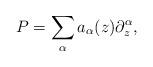
LaTeX: \begin{align*}P=\sum_\alpha a_\alpha(z)\partial_z^\alpha,\end{align*}